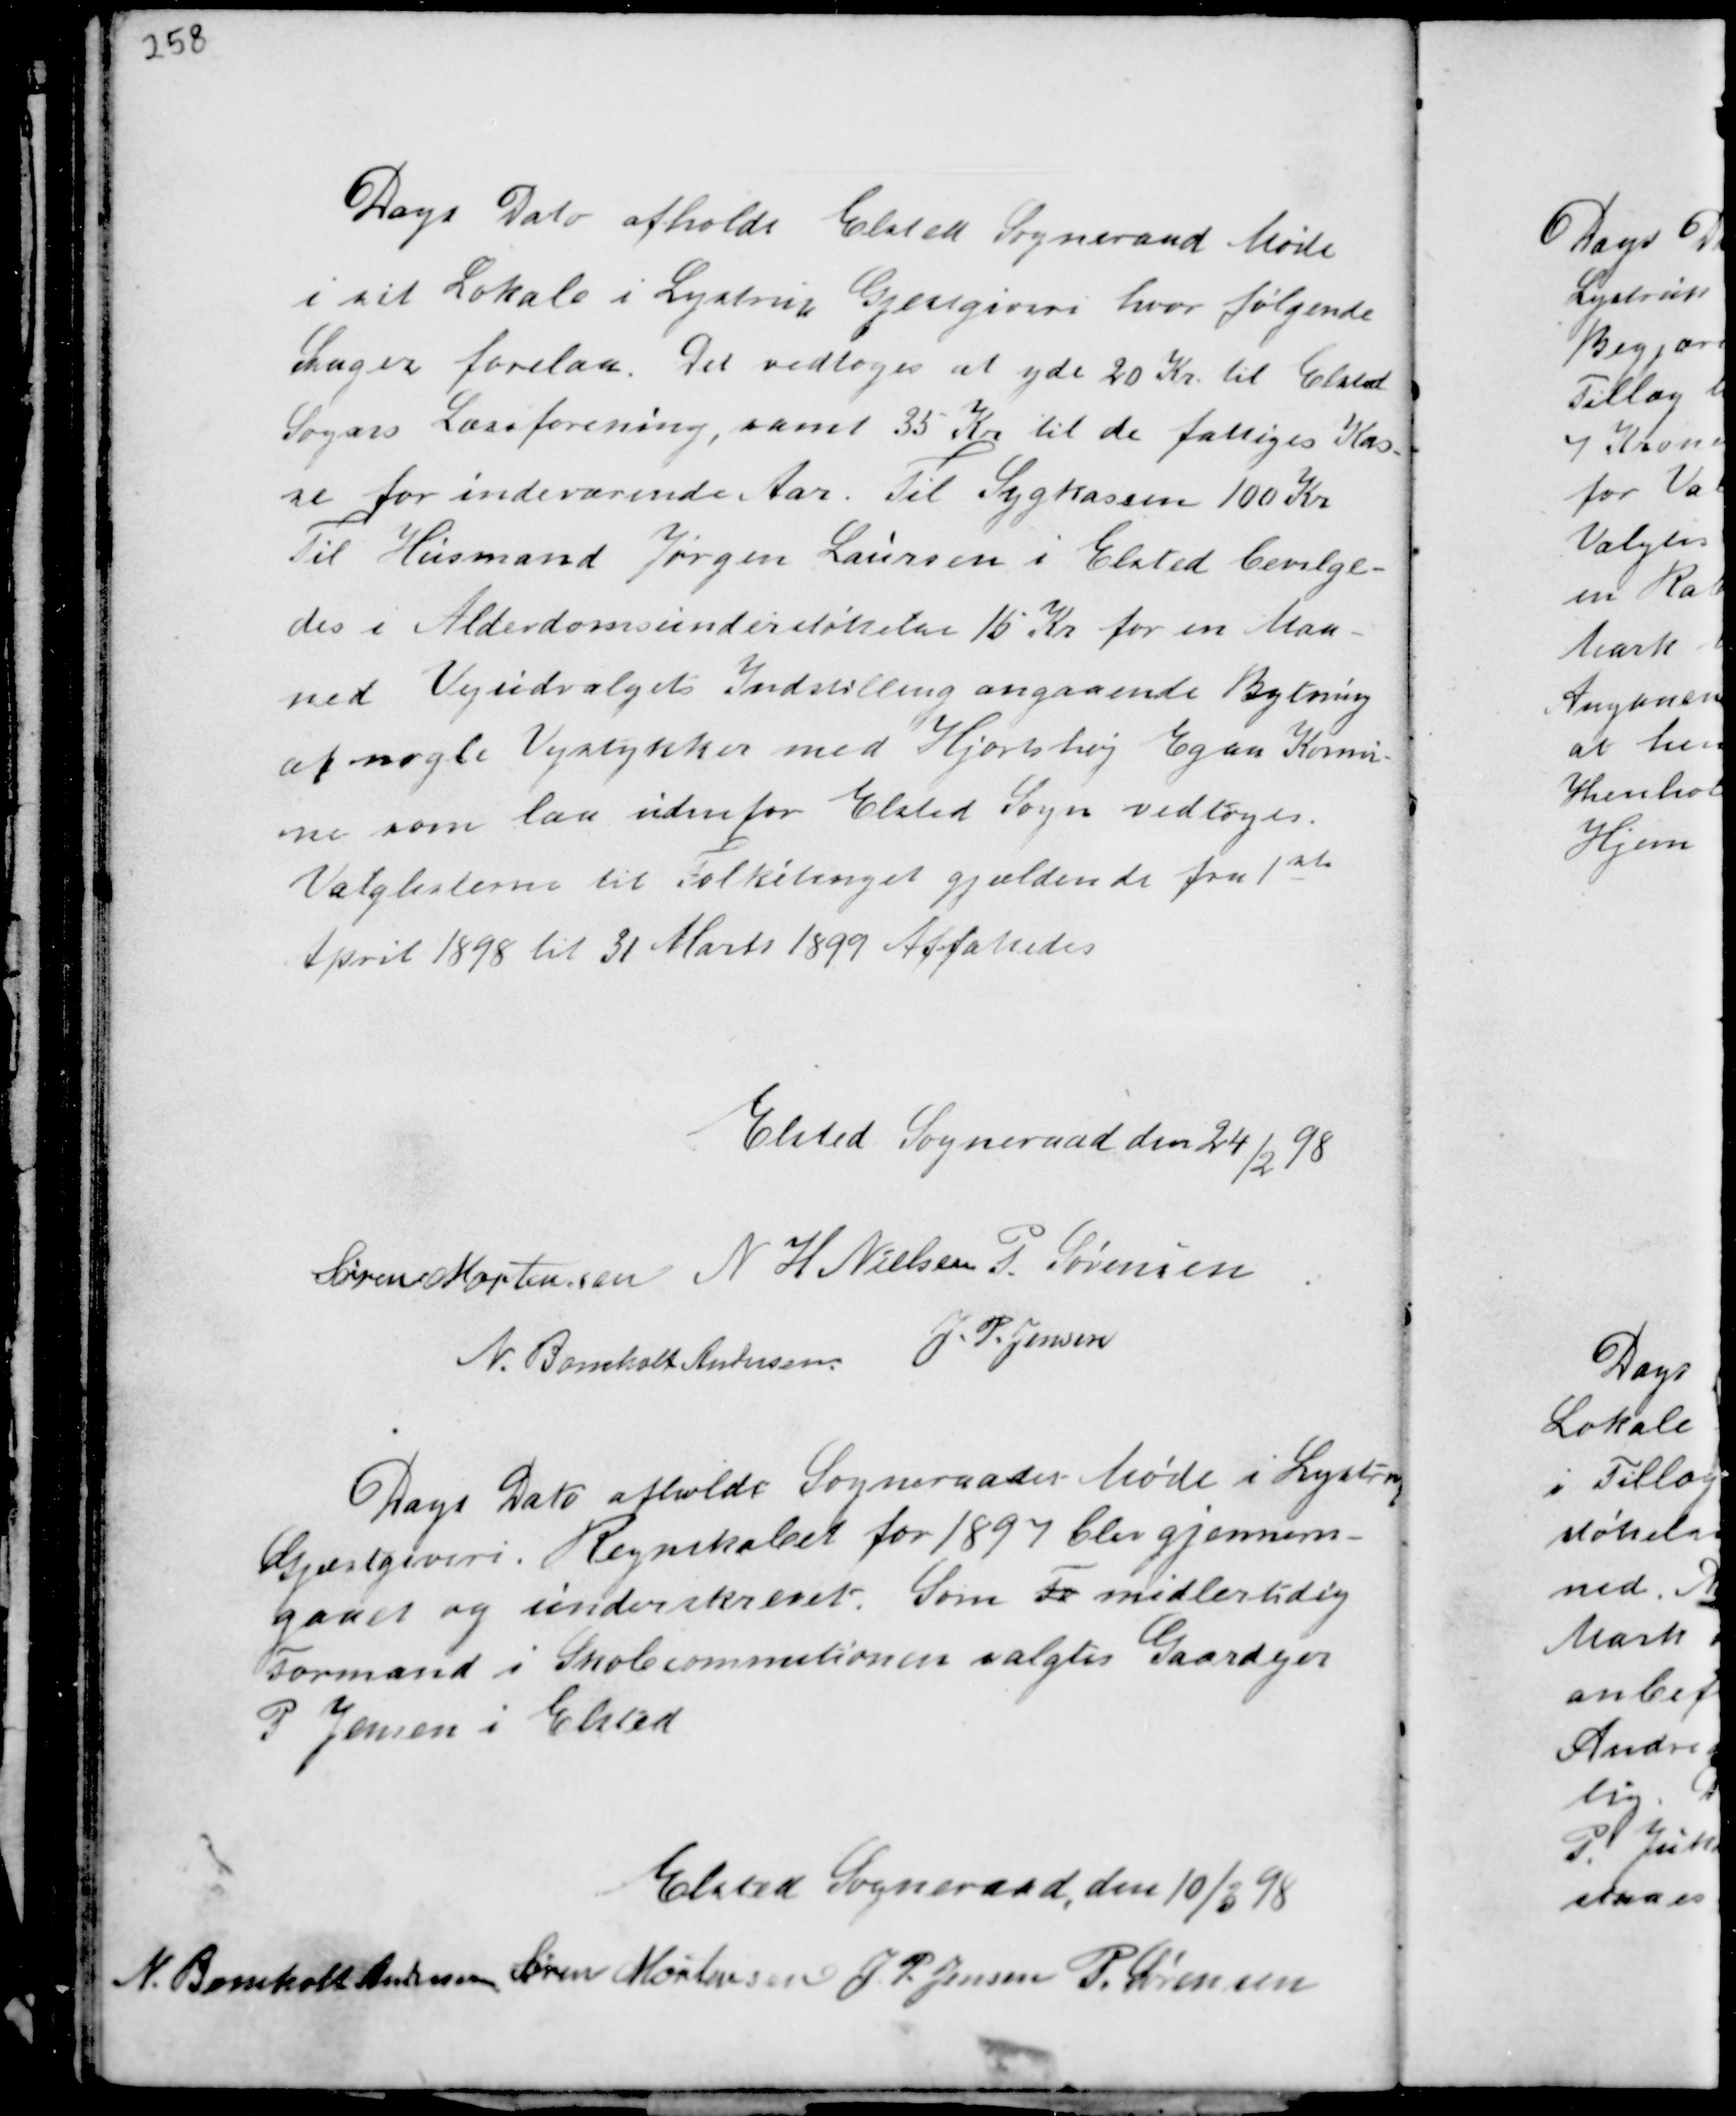
Transskription:
Dags Dato afholdt Elsted Sogneraad Møde
i sit Lokale i Lystrup Gjæstgiveri hvor følgende
Sager forelaa. Det vedtoges at yde 20 Kr. til Elsted
Sogns Læseforening, samt 35 Kr til de fattiges Kas-
se for indeværende Aar. Til Sygekassen 100 Kr
Til Husmand Jørgen Laursen i Elsted bevilge-
des i Alderdomsunderstøttelse 15 Kr for en Maa-
ned. Vejudvalgets Indstilling angaaende Bytning
af nogle Vejstykker med Hjortshøj Egaa Komu-
ne som laa udenfor Elsted Sogn vedtoges.
Valglisterne til Folketinget gjældende fra 1
ste
April 1898 til 31 Marts 1899 Affattedes

Elsted Sogneraad den 24
/2
98
Søren Mortensen N H Nielsen P. Sørensen
N. Bomholt Andersen J. P. Jensen

Dags Dato afholdt Sogneraadet Møde i Lystrup
Gjæstgiveri. Regnskabet for 1897 blev gjennem-
gaaet og underskrevet. Som Fo midlertidig
Formand i Skolecommitionen valgtes Gaardejer
P Jensen i Elsted

Elsted Sogneraad den 10/3 98
N. Bomholt Andersen Søren Mortensen J. P. Jensen P. Sørensen